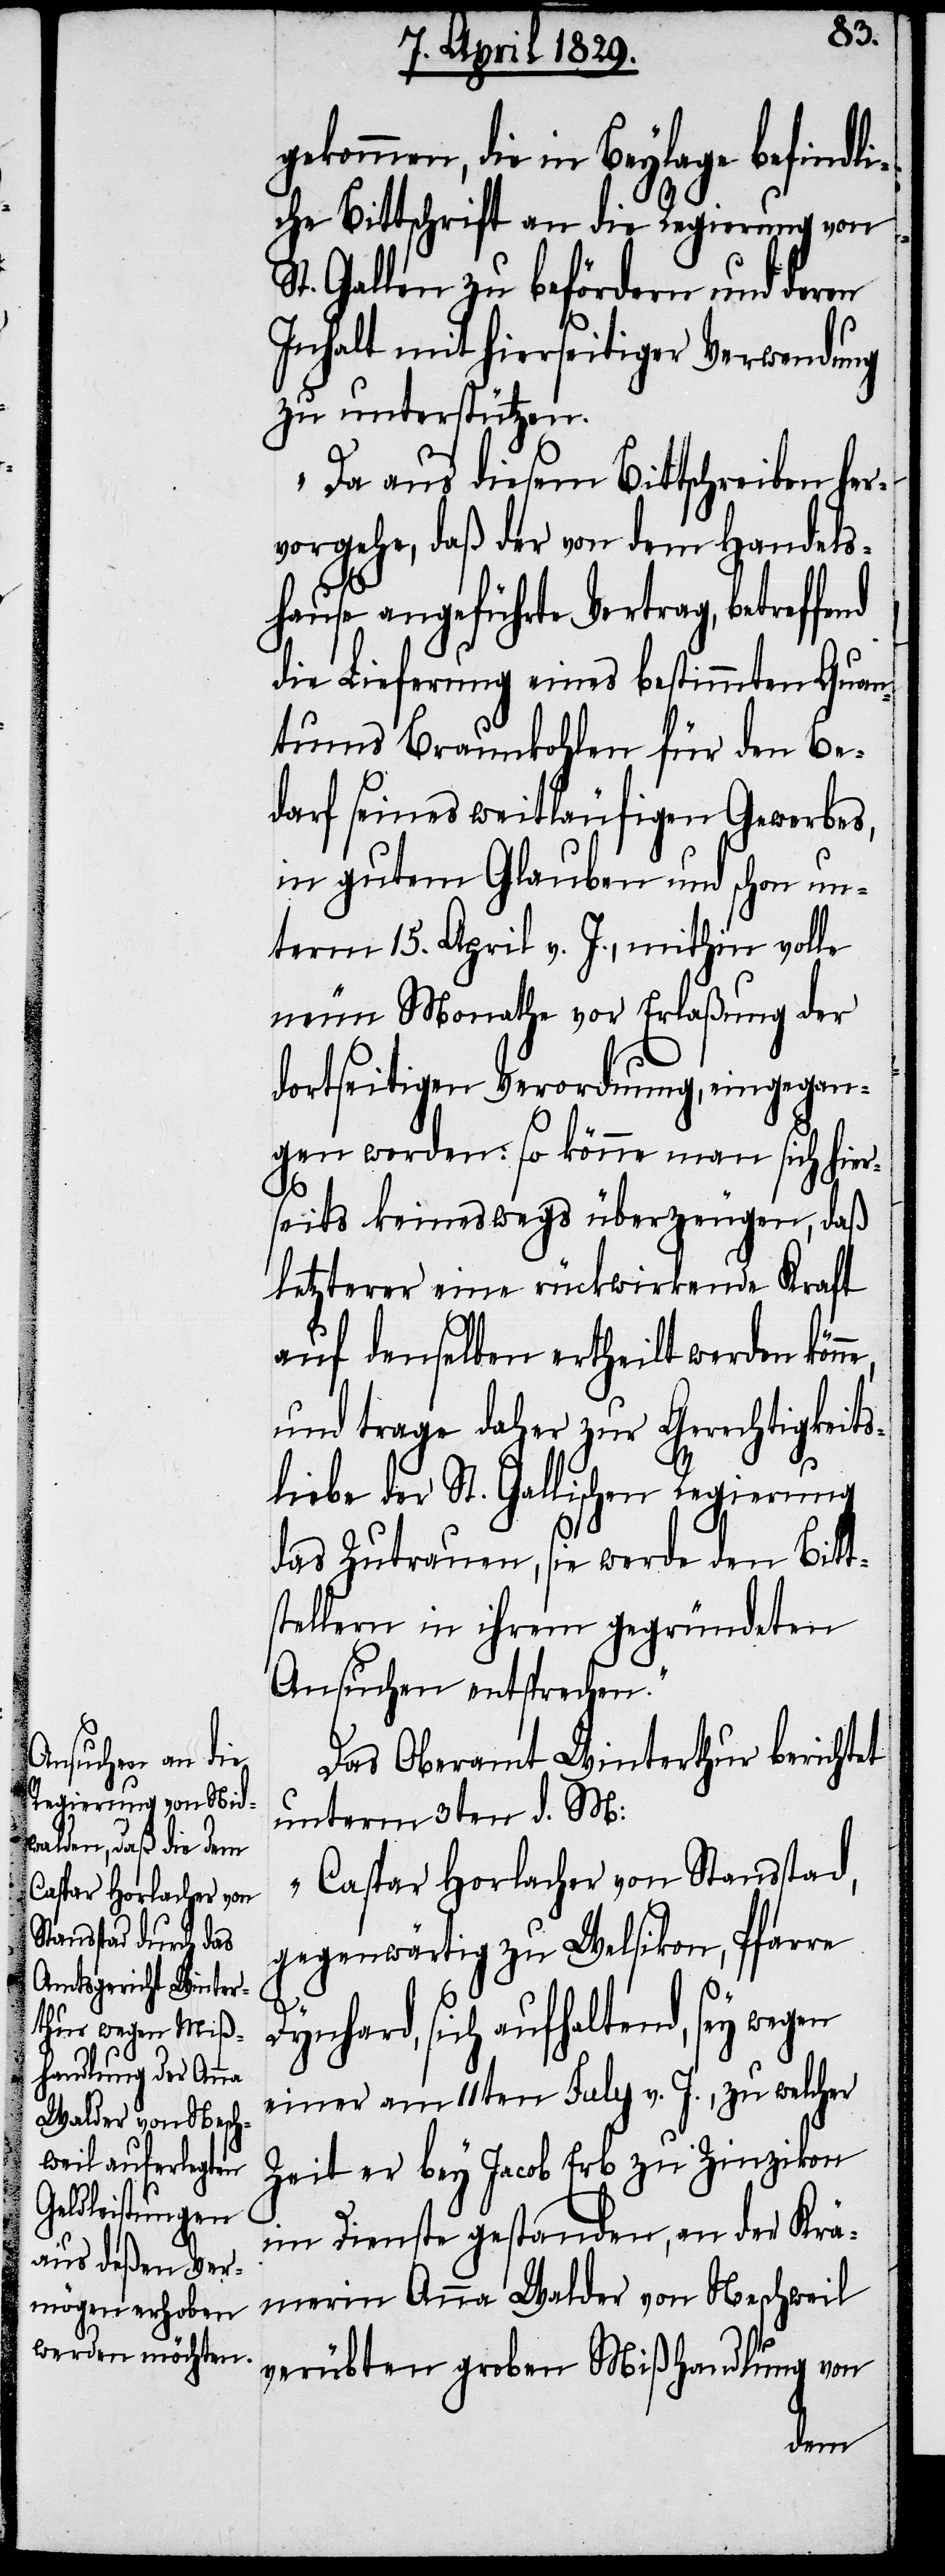
gekommen, die in Beylage befindli¬
che Bittschrift an die Regierung von
St. Gallen zu befördern und deren
Inhalt mit hierseitiger Verwendung
zu unterstützen.
Da aus diesem Bittschreiben her¬
vorgehe, daß der von dem Handels¬
hause angeführte Vertrag, betreffe¬
die Lieferung eines bestimmten Quan¬
tums Braunkohlen für den Be¬
darf seines weitläufigen Gewerbes,
in gutem Glauben und schon un¬
term 15. April v. J., mithin volle
neun Monathe vor Erlaßung der
dortseitigen Verordnung, eingegan¬
gen worden: so könne man sich hier¬
ne,
seits keineswegs überzeugen, daß
letzterer eine rückwirkende Kraft
auf denselben ertheilt werden kön¬
und trage daher zur Gerechtigkeits¬
liebe der St. Gallischen Regierung
das Zutrauen, sie werde den Bitt¬
stellern in ihrem gegründeten
Ansuchen entsprechen.“
Das Oberamt Winterthur berichtet
unterm 2ten d. M:
„Caspar Horlacher von Stansstad,
gegenwärtig zu Welsikon, Pfarre
nd
Dynhard, sich aufhaltend, sey wegen
einer am 11ten July v. J., zu welcher
Zeit er bey Jacob Erb zu Zinzikon
im Dienste gestanden, an der Krä¬
merin Anna Walder von Neschweil
verübten groben Mißhandlung von